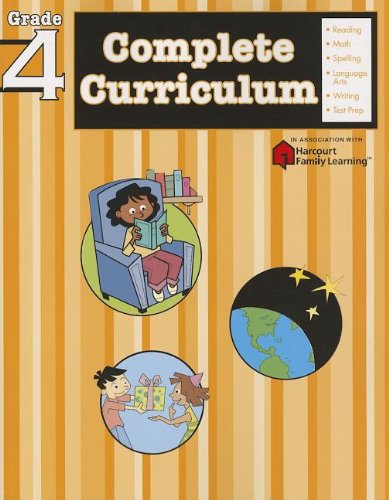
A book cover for Complete Curriculum: Grade 4 (Flash Kids Harcourt Family Learning); Flash Kids Editors; Children's Books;